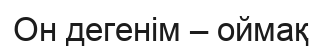
Он дегенiм – оймақ